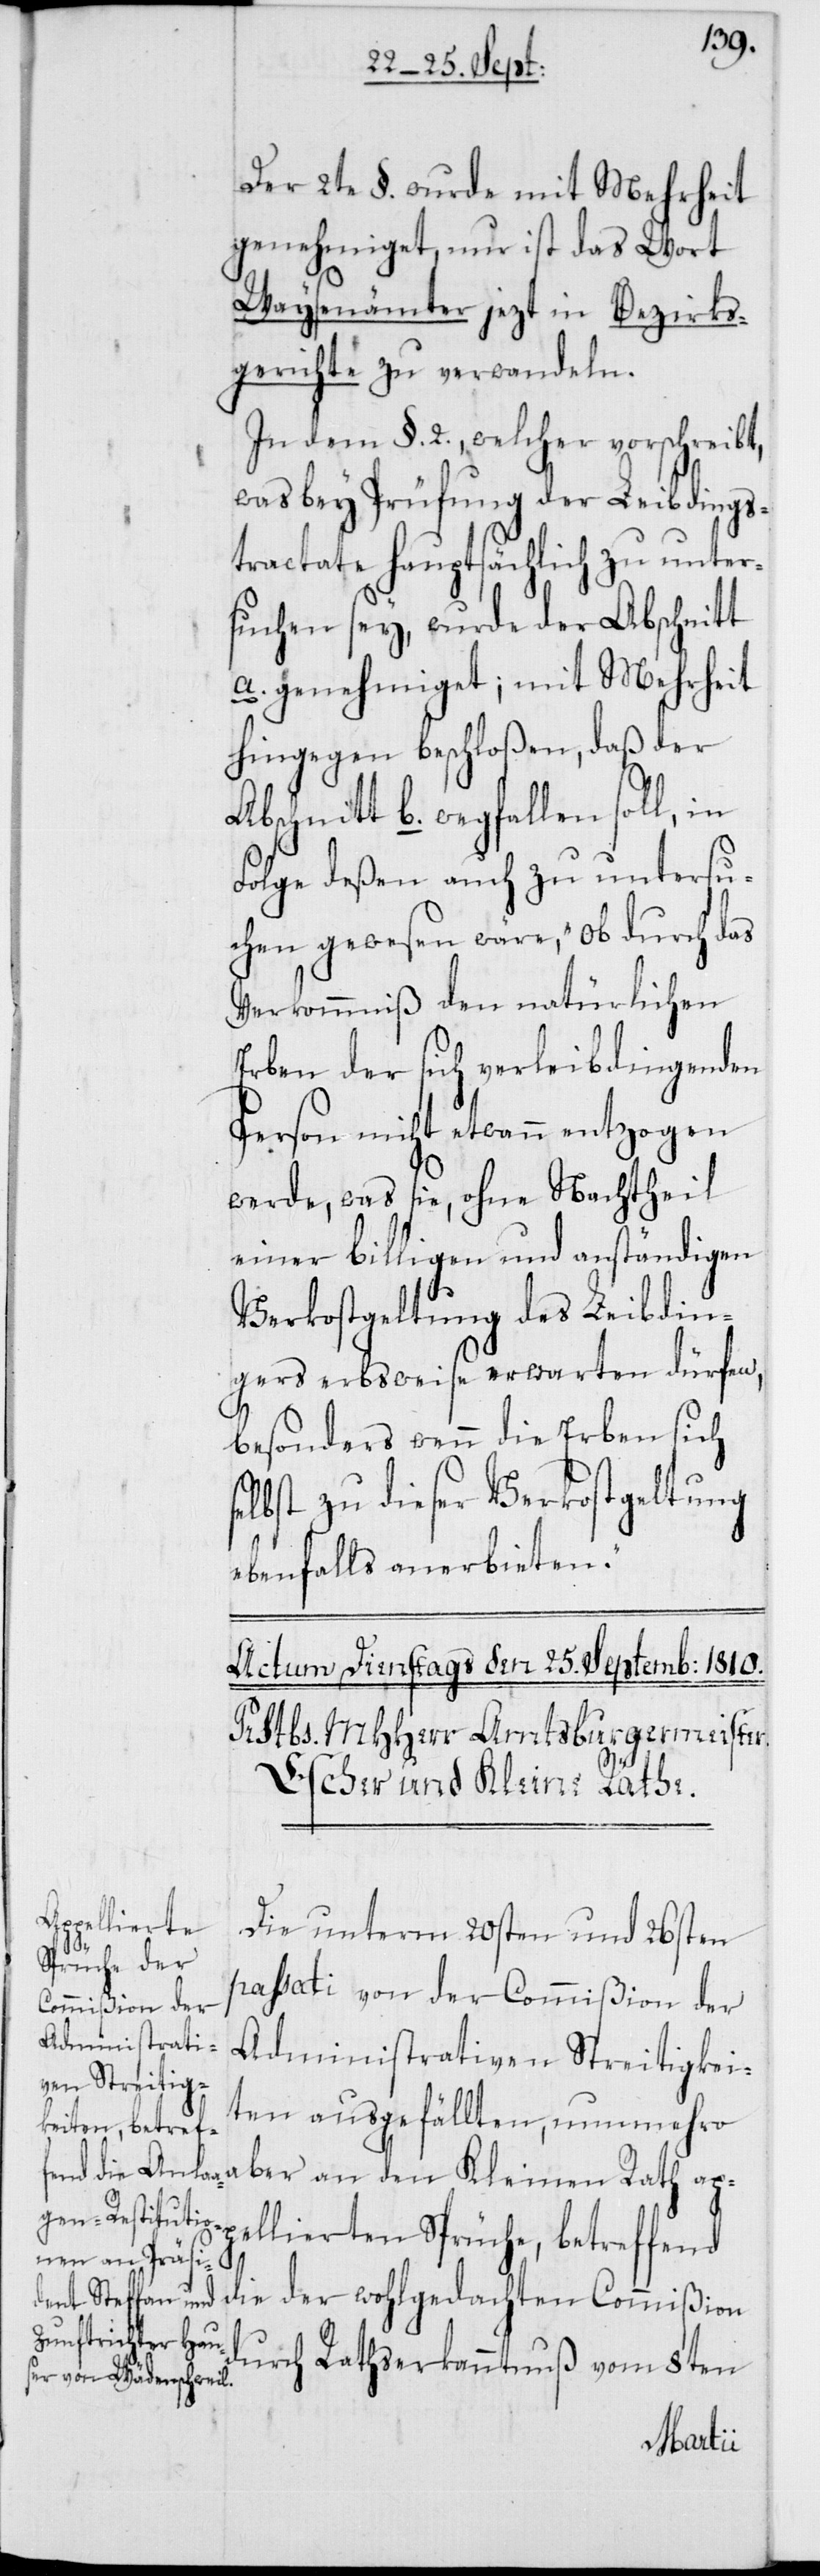
Der 2te §. wurde mit Mehrheit
genehmiget, nur ist das Wort
Waysenämter jezt in Bezirks¬
gerichte zu verwandeln.
In dem §. 2., welcher vorschreibt,
was bey Prüfung der Leibdings¬
tractate hauptsächlich zu unter¬
suchen sey, wurde der Abschnitt
a. genehmiget; mit Mehrheit
hingegen beschloßen, daß der
bschnitt b. wegfallen soll, in
Folge deßen auch zu untersu¬
chen gewesen wäre, „ob durch das
Verkommnis den natürlichen
Erben der sich verleibdingenden
Person nicht etwann entzogen
werde, was sie, ohne Nachtheil
einer billigen und anständigen
Verkostgeltung des Leibdin¬
gers erbsweise erwarten dürfen,
besonders wenn die Erben sich
elbst zu dieser Verkostgeltung
ebenfalls anerbieten“.
Die unterm 20sten und 26sten
a¬
passati von der Commißion der
Administrativen Streitigkei¬
ten ausgefällten, nunmehro
ber an den Kleinen Rath ap¬
pellierten Sprüche, betreffend
die der wohlgedachten Commißion
durch Rathserkanntnuß vom 8ten